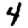
Digit: 4